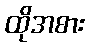
ထိုအစား